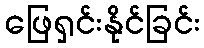
ဖြေရှင်းနိုင်ခြင်း